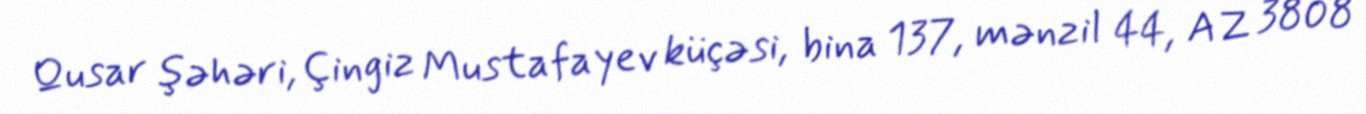
Qusar şəhəri, Çingiz Mustafayev küçəsi, bina 137, mənzil 44, AZ 3808